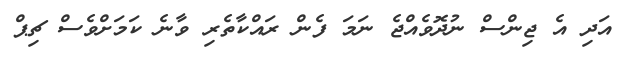
އަދި އެ ޖިންސް ނުދޮވެއްޖެ ނަމަ ފެން ރައްކާތެރި ވާނެ ކަމަށްވެސް ޗިޕް